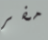
مفر